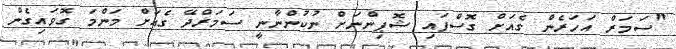
"ސަމަރް އަހަރެން ގެއަށް ގޮސްފައި ޝޮޕިންނަށް ނުކުންނާނީ ސަމަރްދޭ ގެއަށް މަންމަ ގޮވައިގެން